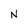
Character: N